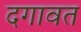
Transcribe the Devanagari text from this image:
दगावत